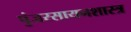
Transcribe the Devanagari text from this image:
पुंजरसायनशास्त्र